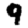
Digit: 9